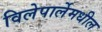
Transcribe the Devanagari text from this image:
विलेपार्लेमधील